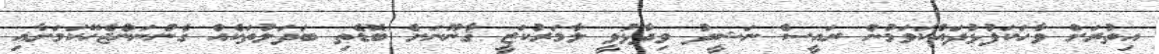
އިތުރަށް ވާހަކަފުޅުދައްކަވަމުން ރައީސް ނަޝީދު ވިދާޅުވީ ލާމަރުކަޒީ ޤާނޫނަށް ބޮޑެތި ބަދަލުތަކެއް ގެންނަންޖެހޭކަމަށާއި